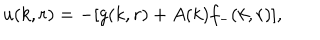
u ( k , r ) = - [ g ( k , r ) + A ( k ) f _ { - } ( k , r ) ] ,